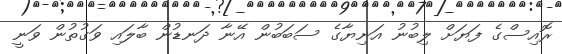
ރޮއިސްގެ ފަޔަށް ލިބުނު އަނިޔާގެ ސަބަބުން އޭނާ ދަނޑުން ބާލައި ވަގުތުން ވަނީ